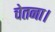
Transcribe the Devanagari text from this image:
चेतना।